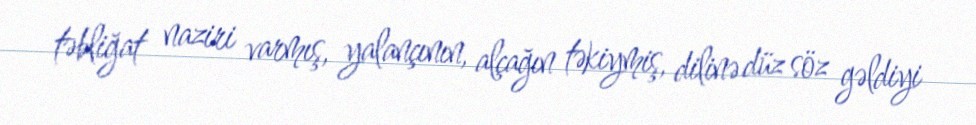
təbliğat naziri varmış, yalançının, alçağın təkiymiş, dilinə düz söz gəldiyi